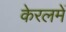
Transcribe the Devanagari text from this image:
केरलमें